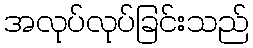
အလုပ်လုပ်ခြင်းသည်